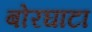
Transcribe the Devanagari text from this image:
बोरघाटा